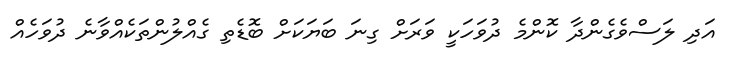
އަދި ލަސްވެގެންދާ ކޮންމެ ދުވަހަކީ ވަރަށް ގިނަ ބަޔަކަށް ބޮޑެތި ގެއްލުންތަކެއްވާނެ ދުވަހެއް